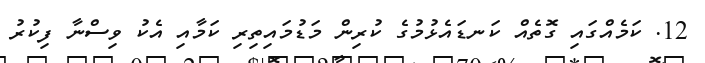
12. ކަމެއްގައި ގޮތެއް ކަނޑައެޅުމުގެ ކުރިން މަޑުމައިތިރި ކަމާއި އެކު ވިސްނާ ފިކުރު